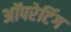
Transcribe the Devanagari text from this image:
अॉपरेटिंग